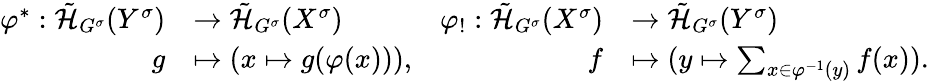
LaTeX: \begin{array}{rlrl}{\varphi^{*}:\tilde{{\mathcal H}}_{G^{\sigma}}(Y^{\sigma})}&{\rightarrow\tilde{{\mathcal H}}_{G^{\sigma}}(X^{\sigma})}&{\varphi_{!}:\tilde{{\mathcal H}}_{G^{\sigma}}(X^{\sigma})}&{\rightarrow\tilde{{\mathcal H}}_{G^{\sigma}}(Y^{\sigma})}\\ {g}&{\mapsto(x\mapsto g(\varphi(x))),}&{f}&{\mapsto(y\mapsto\sum_{x\in\varphi^{-1}(y)}f(x)).}\end{array}